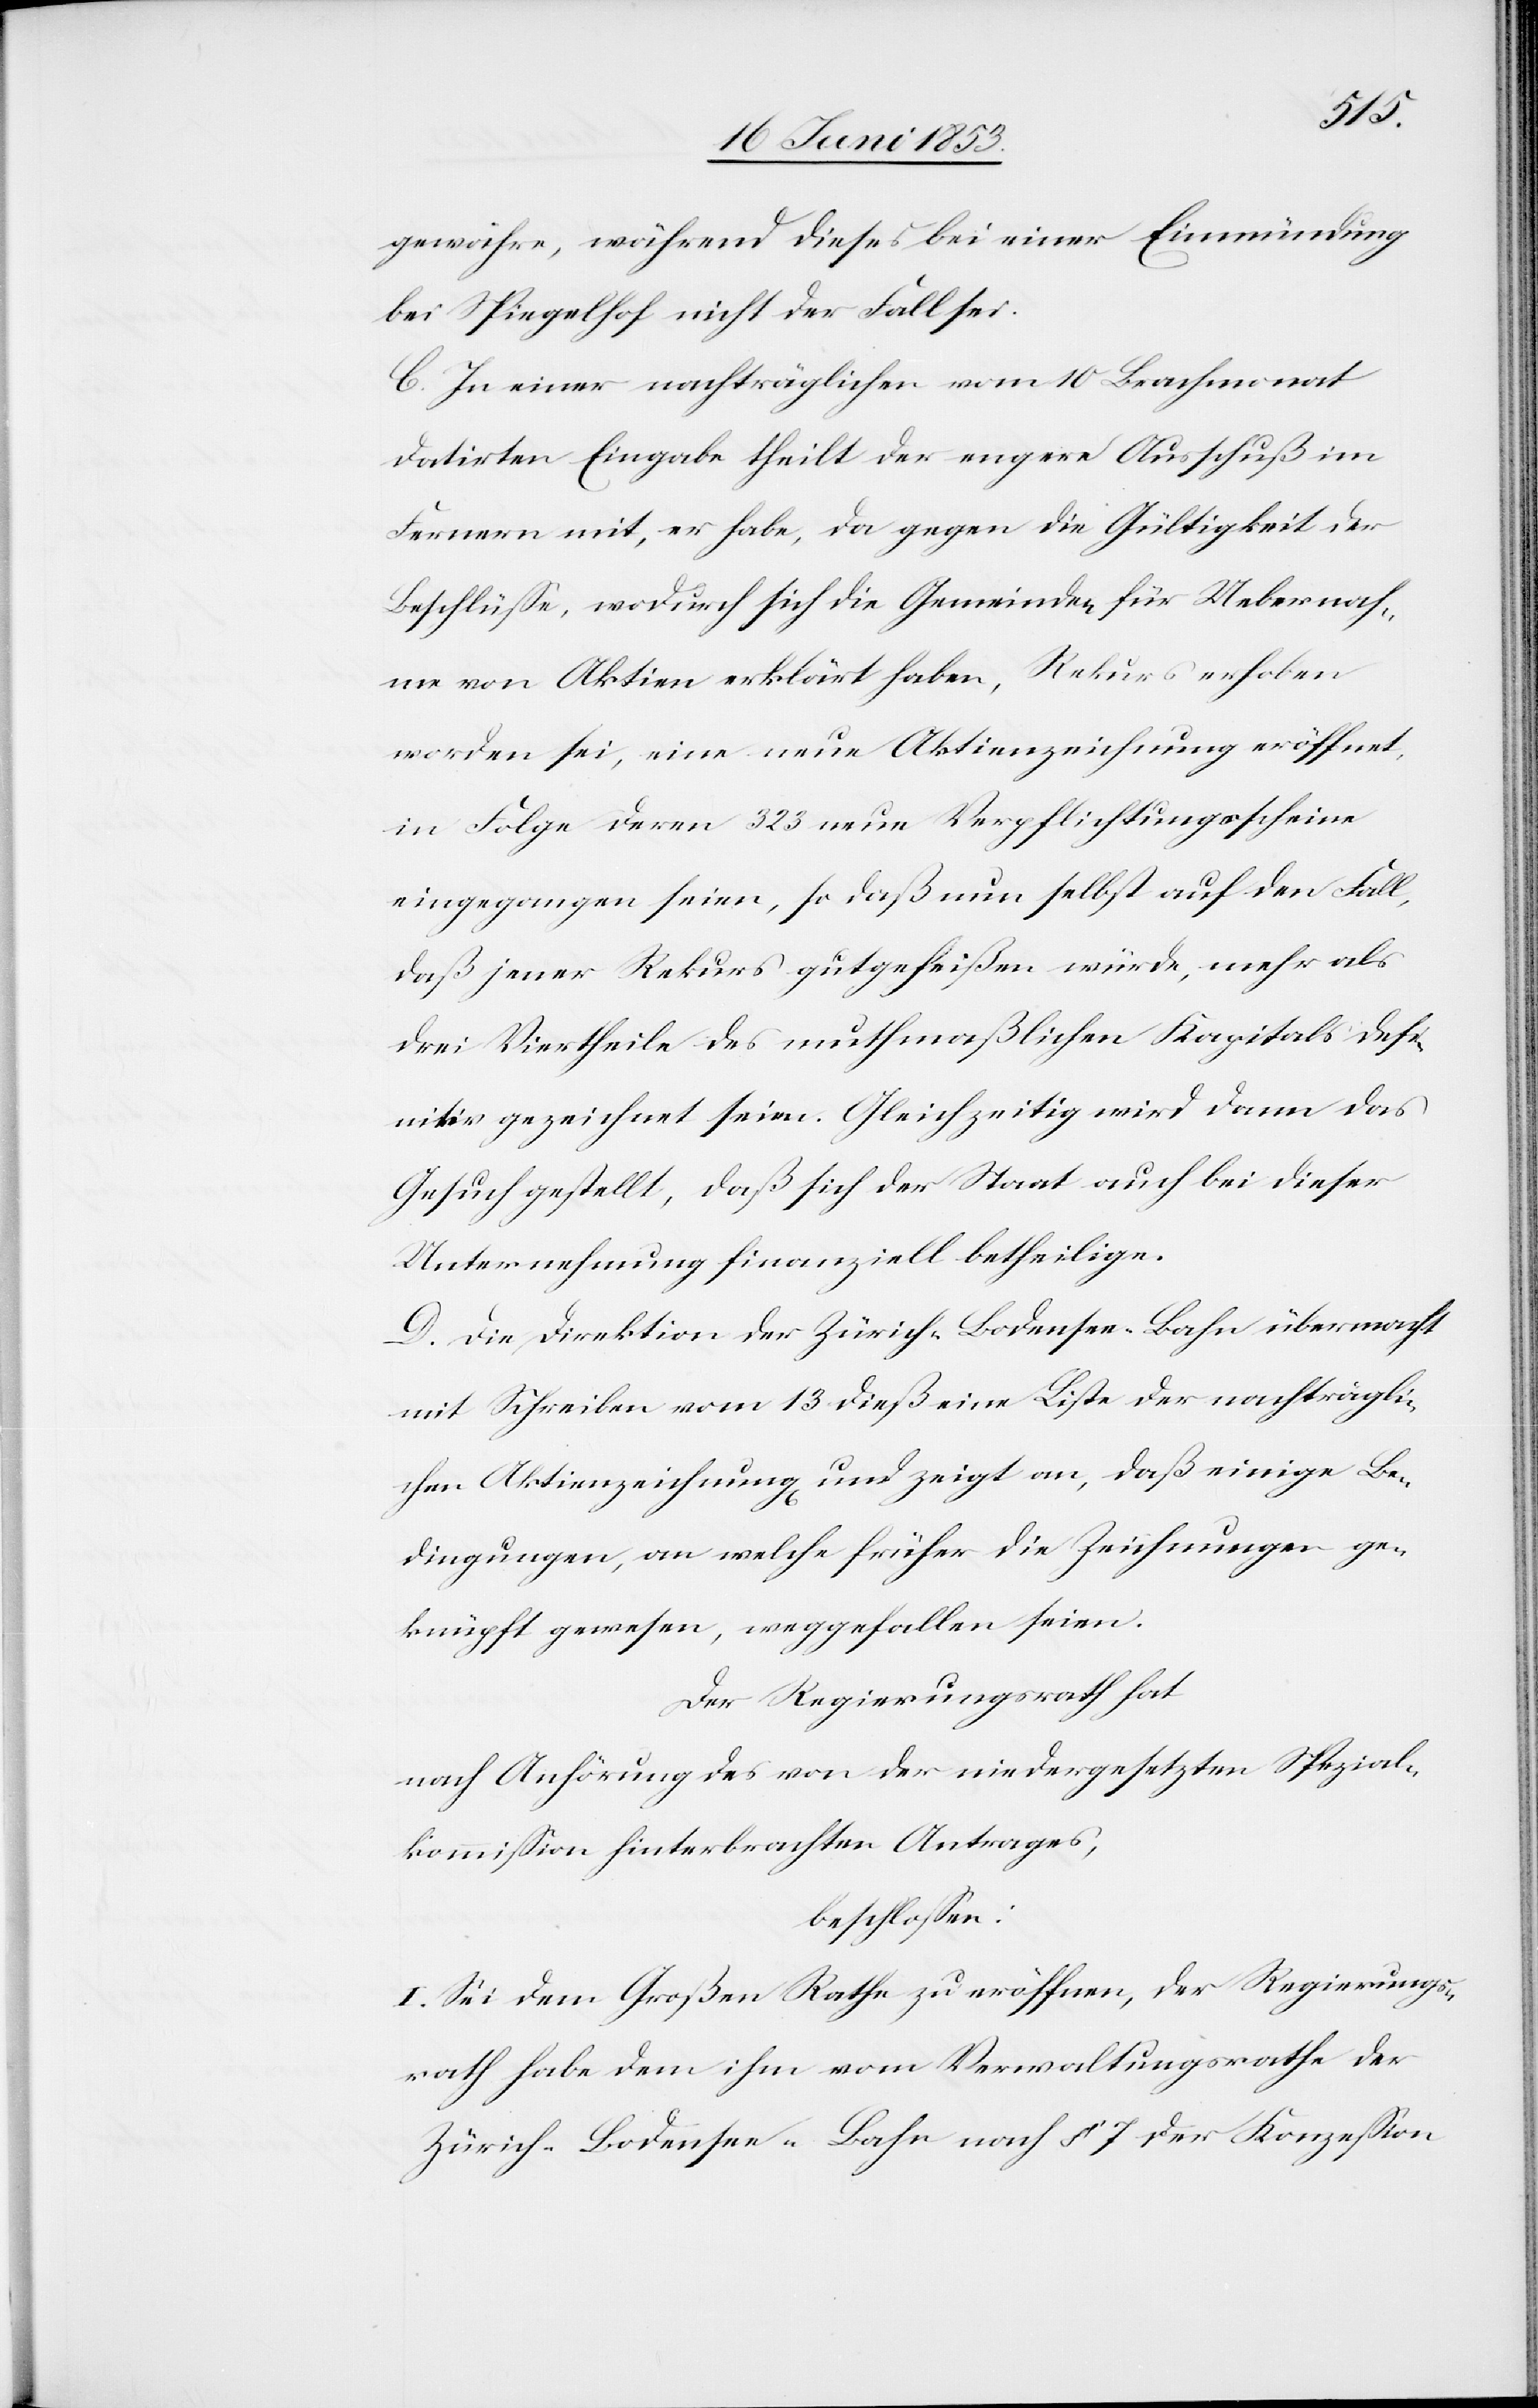
gewähre, während dieses bei einer Einmündung
bei Spiegelhof nicht der Fall sei.
C. In einer nachträglichen vom 10 Brachmonat
datirten Eingabe theilt der engere Ausschuß im
Fernern mit, er habe, da gegen die Gültigkeit der
Beschlüße, wodurch sich die Gemeinden für Uebernah¬
me von Aktien erklärt haben, Rekurs erhoben
worden sei, eine neue Aktienzeichnung eröffnet,
in Folge deren 323 neue Verpflichtungsscheine
eingegangen seien, so daß nun selbst auf den Fall,
daß jener Rekurs gutgeheißen würde, mehr als
drei Viertheile des muthmaßlichen Kapitals defi¬
nitiv gezeichnet seien. Gleichzeitig wird dann das
Gesuch gestellt, daß sich der Staat auch bei dieser
Untersuchung finanziell betheilige.
D. Die Direktion der Zürich-Bodensee-Bahn übermacht
mit Schreiben vom 13 dieß eine Liste der nachträgli¬
chen Aktienzeichnung und zeigt an, daß einige Be¬
dingungen, an welche früher die Zeichnungen ge¬
knüpft gewesen, weggefallen seien.
Der Regierungsrath hat
nach Anhörung des von der niedergesetzten Spezial¬
kommißion hinterbrachten Antrages,
beschloßen:
I. Sei dem Großen Rathe zu eröffnen, der Regierungs¬
rath habe dem ihm vom Verwaltungsrathe der
Zürich-Bodensee-Bahn nach § 7 der Konzeßion